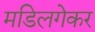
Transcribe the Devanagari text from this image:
मडिलगेकर